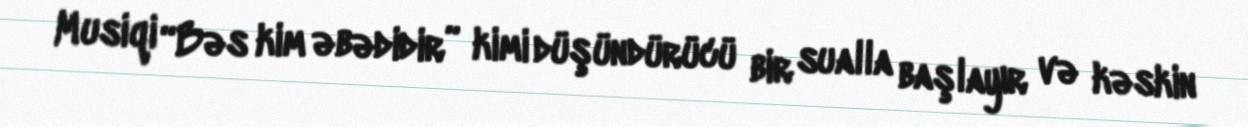
Musiqi “Bəs kim əbədidir” kimi düşündürücü bir sualla başlayır və kəskin